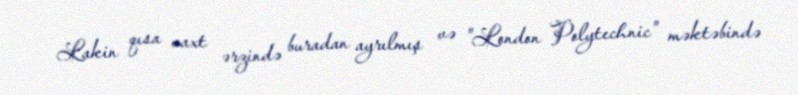
Lakin qısa vaxt ərzində buradan ayrılmış və "London Polytechnic" məktəbində